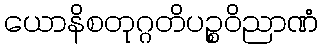
ယောနိစတုဂ္ဂတိပဉ္စဝိညာဏံ